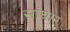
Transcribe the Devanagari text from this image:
सांघार